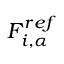
F _ { i , \alpha } ^ { r e f }